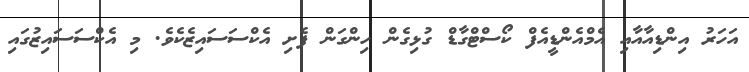
އަހަރު އިންޑިއާއާއި އެމްއެންޑީއެފް ކޯސްޓްގާޑް ގުޅިގެން ހިންގަން ފެށި އެކްސަސައިޒެކެވެ. މި އެކްސަސައިޒުގައި